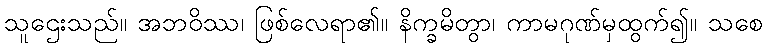
သူဌေးသည်။ အဘဝိဿ၊ ဖြစ်လေရာ၏။ နိက္ခမိတွာ၊ ကာမဂုဏ်မှထွက်၍။ သစေ